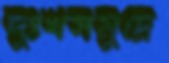
দুঃখসমুদ্রে